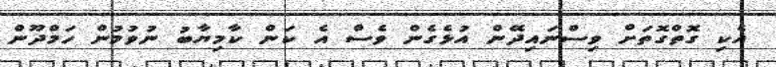
އެކި ގޮތްގޮތަށް ވިސްނައިދޭން އުޅެގެން ވެސް އެ ކަން ކާމިޔާބު ނުވުމުން ހަމްދޫން